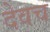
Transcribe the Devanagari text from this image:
देवच